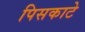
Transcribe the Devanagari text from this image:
पिसकाटे